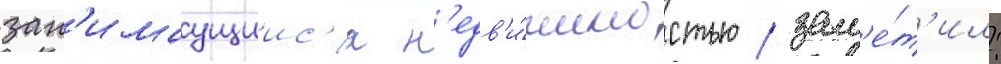
зан'имаущиис'я н'едв'и́жимостью / зам'е́т'ил: